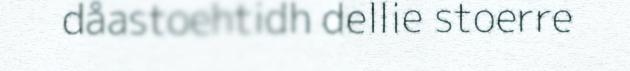
dåastoehtidh dellie stoerre